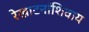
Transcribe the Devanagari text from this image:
रेखाटनांशिवाय